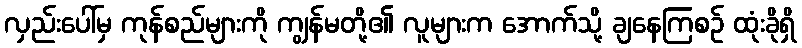
လှည်းပေါ်မှ ကုန်စည်များကို ကျွန်မတို့၏ လူများက အောက်သို့ ချနေကြစဉ် ထုံးခိုရှိ